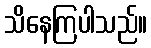
သိနေကြပါသည်။